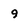
Character: 9